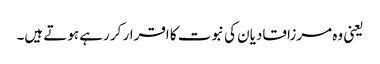
یعنی وہ مرزا قادیان کی نبوت کا اقرار کر رہے ہوتے ہیں۔